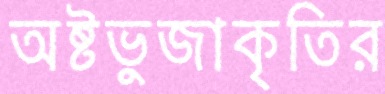
অষ্টভুজাকৃতির